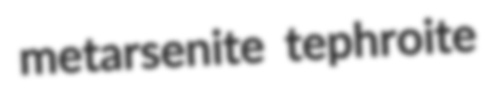
metarsenite tephroite